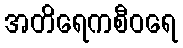
အတိရေကစီဝရေ